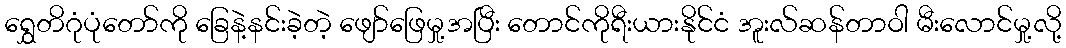
ရွှေတိဂုံပုံတော်ကို ခြေနဲ့နင်းခဲ့တဲ့ ဖျော်ဖြေမှု့အပြီး တောင်ကိုရီးယားနိုင်ငံ အူးလ်ဆန်တာဝါ မီးလောင်မှု့လို့